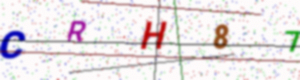
Text: CRH87